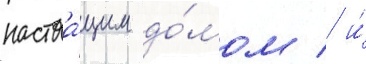
настоа́щим до́мом / и́